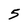
Character: 5